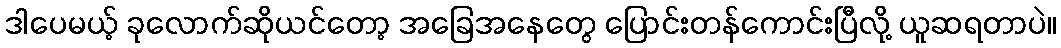
ဒါပေမယ့် ခုလောက်ဆိုယင်တော့ အခြေအနေတွေ ပြောင်းတန်ကောင်းပြီလို့ ယူဆရတာပဲ။